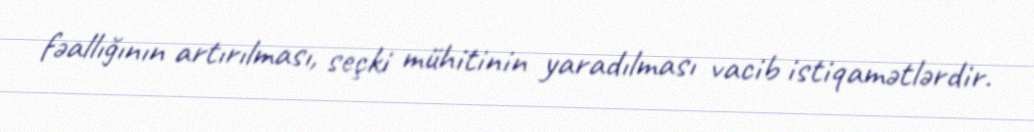
fəallığının artırılması, seçki mühitinin yaradılması vacib istiqamətlərdir.